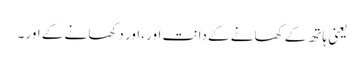
یعنی ہاتھ کے کھانے کے دانت اور ،اور دکھانے کے اور ۔